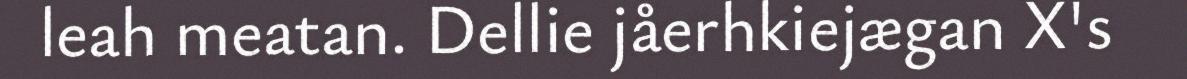
leah meatan. Dellie jåerhkiejægan X's